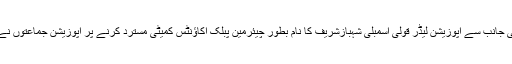
میڈیا رپورٹس کے مطابق حکومت کی جانب سے اپوزیشن لیڈر قولی اسمبلی شہبازشریف کا نام بطور چیئرمین پبلک اکاؤنٹس کمیٹی مسترد کرنے پر اپوزیشن جماعتوں نے دونام پارلیمانی کمیٹی کو دیے تھے۔